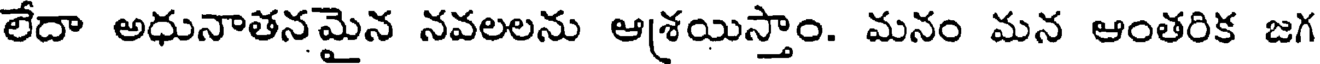
లేదా అధునాతనమైన నవలలను ఆశ్రయిస్తాం. మనం మన ఆంతరిక జగ